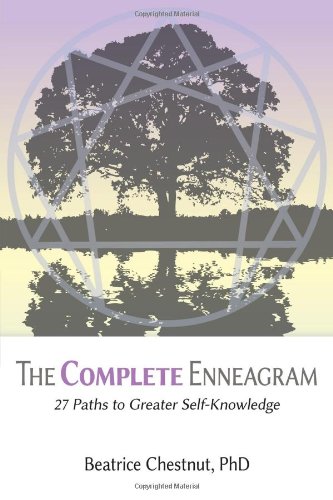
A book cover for The Complete Enneagram: 27 Paths to Greater Self-Knowledge; Beatrice Chestnut; Health, Fitness & Dieting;